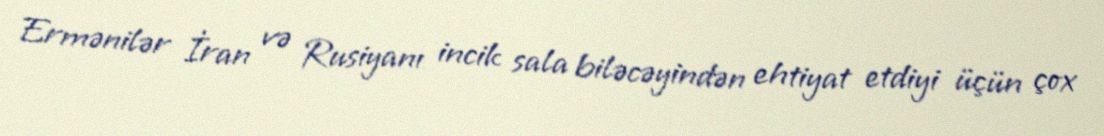
Ermənilər İran və Rusiyanı incik sala biləcəyindən ehtiyat etdiyi üçün çox